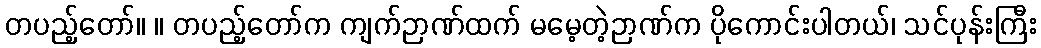
တပည့်တော်။ ။ တပည့်တော်က ကျက်ဉာဏ်ထက် မမေ့တဲ့ဉာဏ်က ပိုကောင်းပါတယ်၊ သင်ပုန်းကြီး